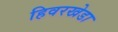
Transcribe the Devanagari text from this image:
हिवरखेडा